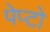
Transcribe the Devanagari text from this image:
पेप्टो